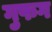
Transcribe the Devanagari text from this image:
गुफग